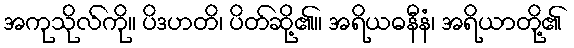
အကုသိုလ်ကို။ ပိဒဟတိ၊ ပိတ်ဆို့၏။ အရိယဓနီနံ၊ အရိယာတို့၏